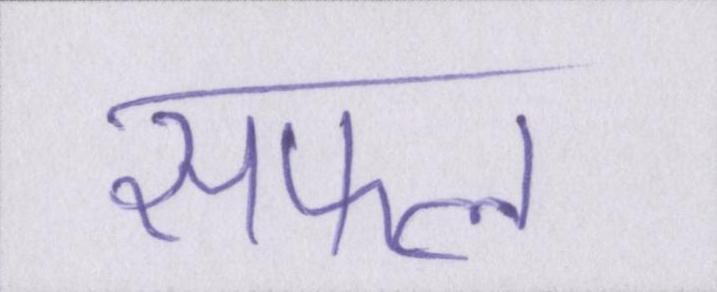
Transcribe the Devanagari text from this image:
सफल